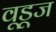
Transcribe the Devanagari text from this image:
वूडूज